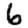
Digit: 6